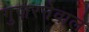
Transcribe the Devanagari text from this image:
गुज़रनेवाले